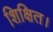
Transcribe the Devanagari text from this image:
शिक्षित।